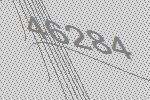
46284